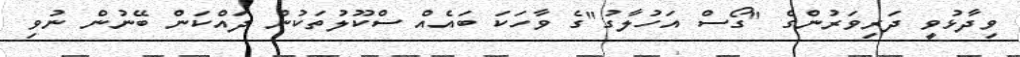
ވިދާޅުވީ ދަރިވަރުންގެ "ގޯސް އަހުލާގު"ގެ ވާހަކަ ބައެއް ސްކޫލުތަކުން ދައްކަން ބޭނުން ނުވި